画像に写った文字を読んでください
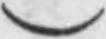
「)」と書いてあります